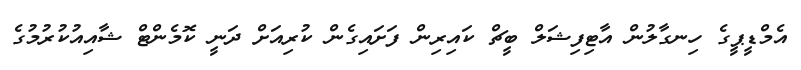
އެމްޑީޕީގެ ހިނގާލުން އާޓިފިޝަލް ބީޗް ކައިރިން ފަަށައިގެން ކުރިއަށް ދަނީ ކޮމެންޓް ޝާއިއުކުރުމުގެ